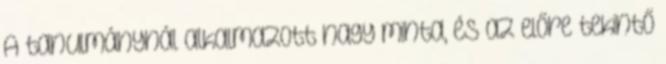
A tanulmánynál alkalmazott nagy minta, és az előre tekintő